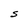
Character: S